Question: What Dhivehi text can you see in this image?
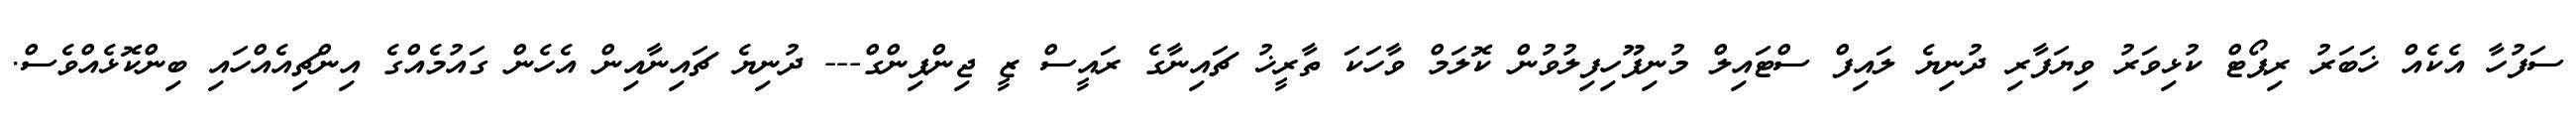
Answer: ސަފުހާ އެކެއް ޚަބަރު ރިޕޯޓް ކުޅިވަރު ވިޔަފާރި ދުނިޔެ ލައިފް ސްޓައިލް މުނިފޫހިފިލުވުން ކޮލަމް ވާހަކަ ތާރީޚު ޗައިނާގެ ރައީސް ޒީ ޖިންޕިންގް--- ދުނިޔެ ޗައިނާއިން އެހެން ގައުމެއްގެ އިންޗިއެއްހައި ބިންކޮޅެއްވެސް.